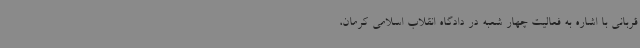
قربانی با اشاره به فعالیت چهار شعبه در دادگاه انقلاب اسلامی کرمان،